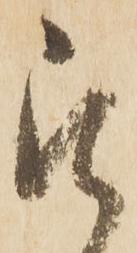
被